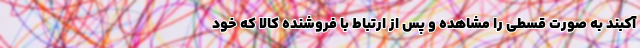
آکبند به صورت قسطی را مشاهده و پس از ارتباط با فروشنده‌ کالا که خود